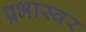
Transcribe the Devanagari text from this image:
प्रभास्वर